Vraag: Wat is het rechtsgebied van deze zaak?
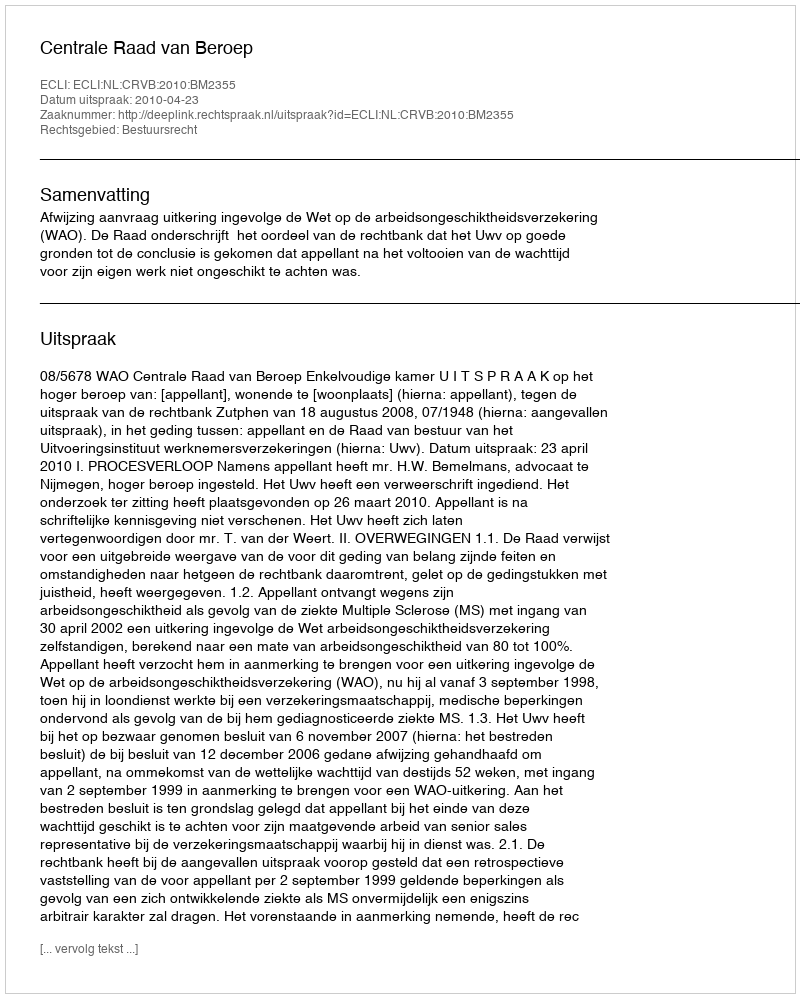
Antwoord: Bestuursrecht